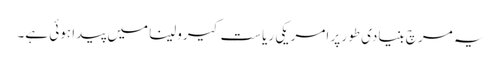
یہ مرچ بنیادی طور پر امریکی ریاست کیرولینا میں پیدا ہوئی ہے۔